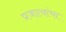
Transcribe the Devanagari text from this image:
प्रजात्यांचा